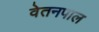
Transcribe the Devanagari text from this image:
वेतनपाल